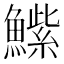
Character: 𮬒